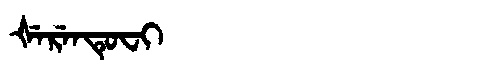
Manchu: ᡧᡝᡵᡝᠨᡨᡠᠸᡳ
Romanization: ŠERENTUFI